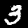
Label: 3